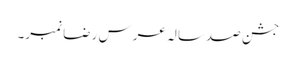
جشن صدسالہ عرس رضا نمبر۔